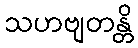
သဟဗျတန္တိ